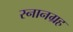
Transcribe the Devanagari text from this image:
स्नानग्रह